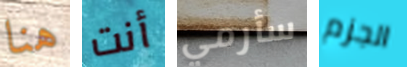
هنا أنت سأرمي الجزم